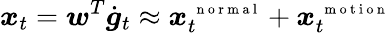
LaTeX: \boldsymbol x_{t}=\boldsymbol w^{T}\dot{\boldsymbol g}_{t}\approx\boldsymbol x_{t}^{\mathrm{~\scriptsize~n~o~r~m~a~l~}}+\boldsymbol x_{t}^{\mathrm{~\scriptsize~m~o~t~i~o~n~}}